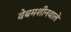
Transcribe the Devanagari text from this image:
वेबमशीनवाले